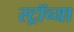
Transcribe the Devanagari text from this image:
स्ट्रॉच्या